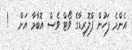
އެންމެ ފަހުން ފްލޮރިޑާގެ ވޯޓް ވެސް އޮބާމާ އަށް   !